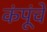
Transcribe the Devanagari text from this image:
कंपूंचे